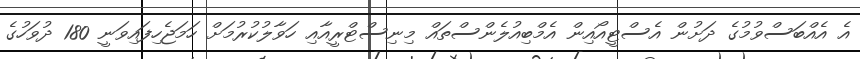
އެ އެއްބަސްވުމުގެ ދަށުން އެސްޓީއޯއިން އެމްބިއުލެންސްތައް މިނިސްޓްރީއާއި ހަވާލުކުރުމަށް ހަމަޖެހިފައިވަނީ 180 ދުވަހުގެ